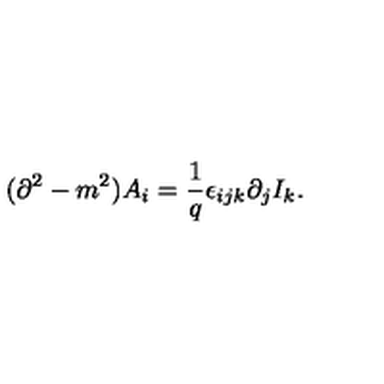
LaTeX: ( \partial ^ { 2 } - m ^ { 2 } ) A _ { i } = \frac { 1 } { q } \epsilon _ { i j k } \partial _ { j } I _ { k } .